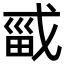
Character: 𫻾